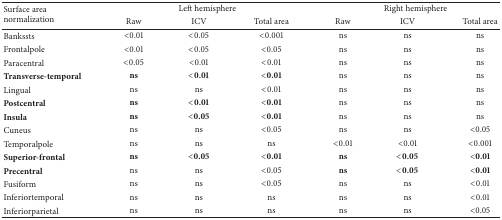
<table><thead><tr><td rowspan="2"><b>Surface area normalization</b></td><td colspan="3"><b>Left hemisphere</b></td><td colspan="3"><b>Right hemisphere</b></td></tr><tr><td><b>Raw</b></td><td><b>ICV</b></td><td><b>Total area</b></td><td><b>Raw</b></td><td><b>ICV</b></td><td><b>Total area</b></td></tr></thead><tbody><tr><td>Bankssts</td><td>&lt;0.01</td><td>&lt;0.05</td><td>&lt;0.001</td><td>ns</td><td>ns</td><td>ns</td></tr><tr><td>Frontalpole</td><td>&lt;0.01</td><td>&lt;0.05</td><td>&lt;0.05</td><td>ns</td><td>ns</td><td>ns</td></tr><tr><td>Paracentral</td><td>&lt;0.05</td><td>&lt;0.01</td><td>&lt;0.01</td><td>ns</td><td>ns</td><td>ns</td></tr><tr><td><b>Transverse-temporal</b></td><td><b>ns</b></td><td><b>&lt;0.01</b></td><td><b>&lt;0.01</b></td><td>ns</td><td>ns</td><td>ns</td></tr><tr><td>Lingual</td><td>ns</td><td>ns</td><td>&lt;0.01</td><td>ns</td><td>ns</td><td>ns</td></tr><tr><td><b>Postcentral</b></td><td><b>ns</b></td><td><b>&lt;0.01</b></td><td><b>&lt;0.01</b></td><td>ns</td><td>ns</td><td>ns</td></tr><tr><td><b>Insula</b></td><td><b>ns</b></td><td><b>&lt;0.05</b></td><td><b>&lt;0.01</b></td><td>ns</td><td>ns</td><td>ns</td></tr><tr><td>Cuneus</td><td>ns</td><td>ns</td><td>&lt;0.05</td><td>ns</td><td>ns</td><td>&lt;0.05</td></tr><tr><td>Temporalpole</td><td>ns</td><td>ns</td><td>ns</td><td>&lt;0.01</td><td>&lt;0.01</td><td>&lt;0.001</td></tr><tr><td><b>Superior-frontal</b></td><td><b>ns</b></td><td><b>&lt;0.05</b></td><td><b>&lt;0.01</b></td><td><b>ns</b></td><td><b>&lt;0.05</b></td><td><b>&lt;0.01</b></td></tr><tr><td><b>Precentral</b></td><td>ns</td><td>ns</td><td>&lt;0.05</td><td><b>ns</b></td><td><b>&lt;0.05</b></td><td><b>&lt;0.01</b></td></tr><tr><td>Fusiform</td><td>ns</td><td>ns</td><td>&lt;0.05</td><td>ns</td><td>ns</td><td>&lt;0.01</td></tr><tr><td>Inferiortemporal</td><td>ns</td><td>ns</td><td>ns</td><td>ns</td><td>ns</td><td>&lt;0.01</td></tr><tr><td>Inferiorparietal</td><td>ns</td><td>ns</td><td>ns</td><td>ns</td><td>ns</td><td>&lt;0.05</td></tr></tbody></table>